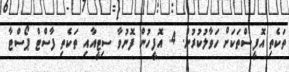
ތަކެތި އޮފީސްތަކަށް ހަވާލުކުރުން. 4. އޮފީހުން ފޮނުވާ ސިޓީއާއި ތަކެތި ފާސްޓް ޕޯސްޓާ